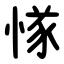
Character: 㥞